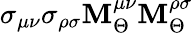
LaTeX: \sigma_{\mu\nu}\sigma_{\rho\sigma}\mathbf{M}_{\Theta}^{\mu\nu}\mathbf{M}_{\Theta}^{\rho\sigma}